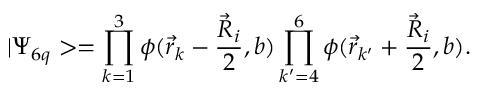
| \Psi _ { 6 q } > = \prod _ { k = 1 } ^ { 3 } \phi ( \vec { r } _ { k } - \frac { \vec { R } _ { i } } { 2 } , b ) \prod _ { k ^ { \prime } = 4 } ^ { 6 } \phi ( \vec { r } _ { k ^ { \prime } } + \frac { \vec { R } _ { i } } { 2 } , b ) .